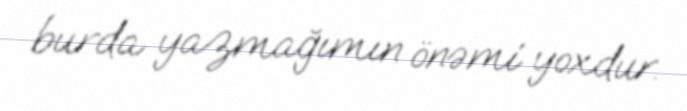
burda yazmağımın önəmi yoxdur.